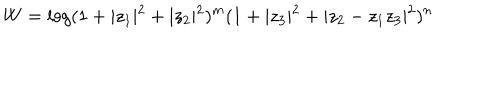
LaTeX: W = \log ( 1 + \vert z _ { 1 } \vert ^ { 2 } + \vert z _ { 2 } \vert ^ { 2 } ) ^ { m } ( 1 + \vert z _ { 3 } \vert ^ { 2 } + \vert z _ { 2 } - z _ { 1 } z _ { 3 } \vert ^ { 2 } ) ^ { n }